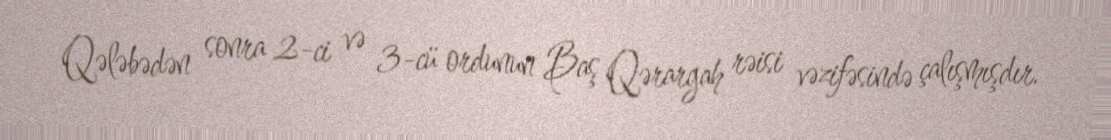
Qələbədən sonra 2-ci və 3-cü ordunun Baş Qərargah rəisi vəzifəsində çalışmışdır.